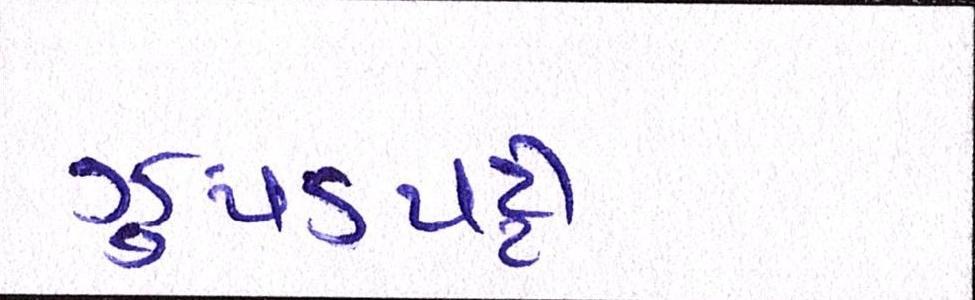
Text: ઝુપડપટ્ટી